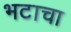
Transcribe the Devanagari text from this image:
भटाचा